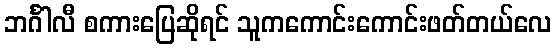
ဘင်္ဂါလီ စကားပြေဆိုရင် သူကကောင်းကောင်းဖတ်တယ်လေ